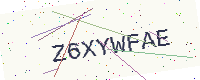
Text: Z6XYWFAE